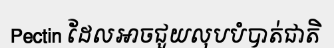
Pectin ដែលអាចជួយលុបបំបាត់ជាតិ